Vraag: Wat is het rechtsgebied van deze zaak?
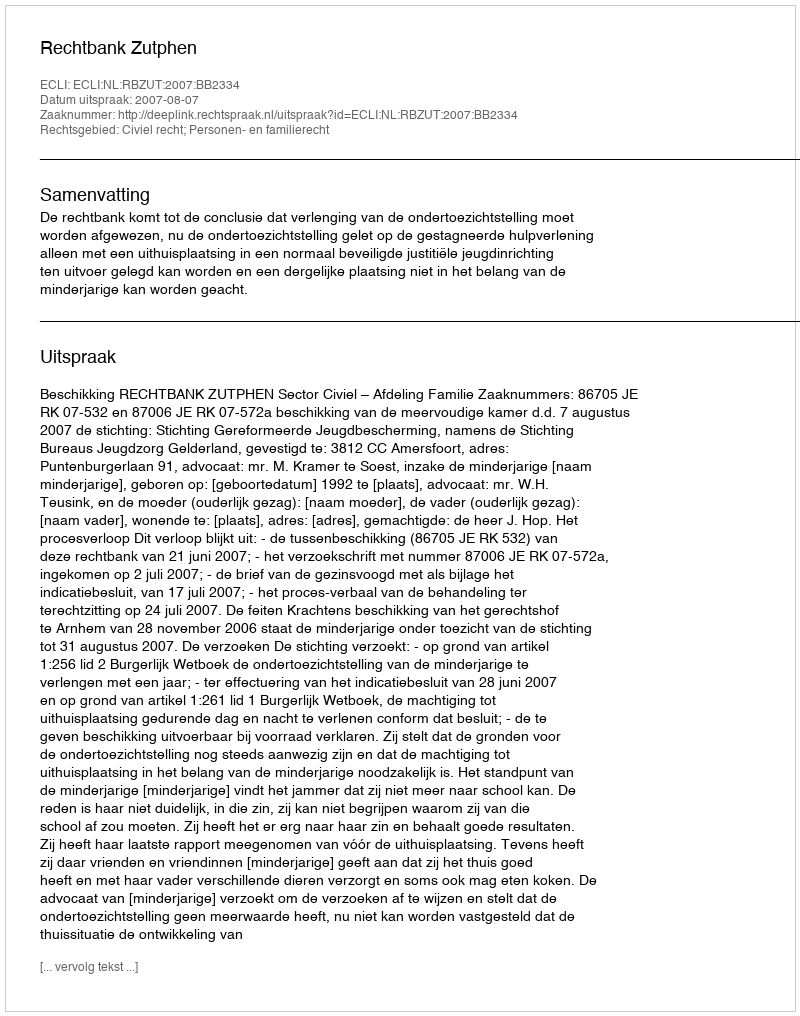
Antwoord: Civiel recht; Personen- en familierecht